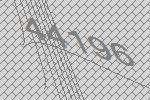
44196